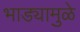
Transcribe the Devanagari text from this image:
भाड्यामुळे